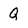
Character: Q